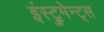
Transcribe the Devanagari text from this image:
इंस्ट्रुमेन्ट्स